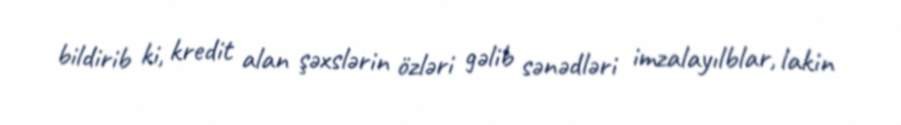
bildirib ki, kredit alan şəxslərin özləri gəlib sənədləri imzalayılblar, lakin